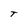
Character: T